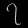
Digit: ၇